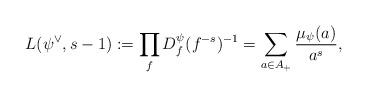
LaTeX: \begin{align*} L(\psi^{\vee},s-1):=\prod\limits_{f} D^{\psi}_f(f^{-s})^{-1}=\sum_{a\in A_{+}}\frac{\mu_{\psi}(a)}{a^s},\end{align*}